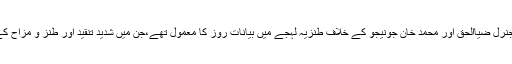
پیر صاحب کے جنرل ضیاالحق اور محمد خان جونیجو کے خلاف طنزیہ لہجے میں بیانات روز کا معمول تھے،جن میں شدید تنقید اور طنز و مزاح کے تیر ہوتےتھے۔